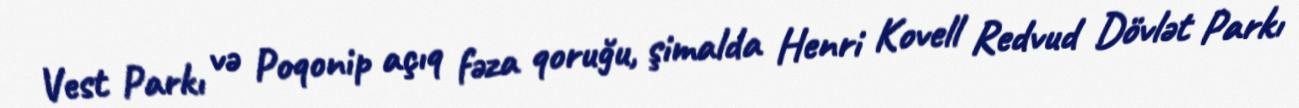
Vest Parkı və Poqonip açıq fəza qoruğu, şimalda Henri Kovell Redvud Dövlət Parkı